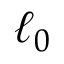
\ell _ { 0 }